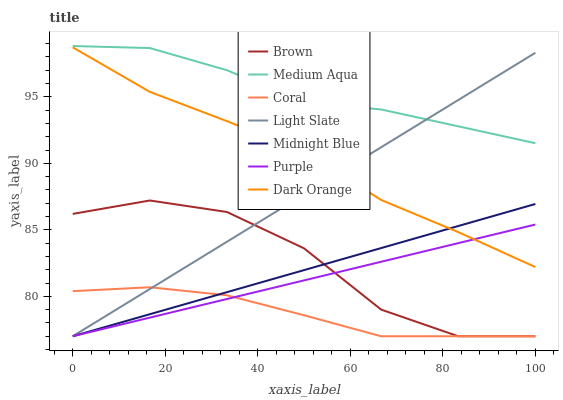
| xaxis_label | Brown | Medium Aqua | Coral | Light Slate | Midnight Blue | Purple | Dark Orange |
 | --- | --- | --- | --- | --- | --- | --- | --- |
 | 0 | 86.2 | 98.8 | 80.4 | 77 | 77 | 77 | 98.7 |
 | 16.7 | 87.2 | 98.7 | 80.7 | 80.6 | 78.7 | 78.4 | 95.4 |
 | 33.3 | 86.3 | 97 | 80.1 | 84.1 | 80.3 | 79.8 | 93.2 |
 | 50 | 83.6 | 94.6 | 78.6 | 87.7 | 82 | 81.2 | 90.9 |
 | 66.7 | 79 | 94 | 77 | 91.2 | 83.6 | 82.6 | 87.2 |
 | 83.3 | 77 | 92.8 | 77 | 94.8 | 85.3 | 84 | 84.8 |
 | 100 | 77 | 91.5 | 77 | 98.3 | 86.9 | 85.4 | 82.2 |